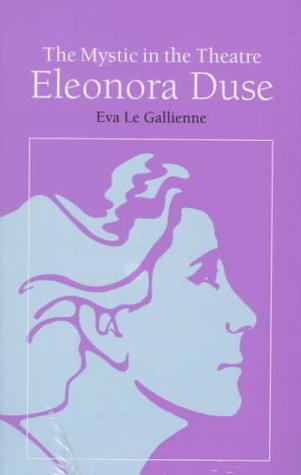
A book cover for The Mystic in the Theatre: Eleonora Duse (Arcturus Books, Ab108); Eva Le Gallienne; Biographies & Memoirs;